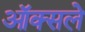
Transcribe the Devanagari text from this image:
ऑक्सले